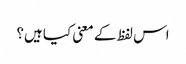
اس لفظ کے معنی کیا ہیں؟